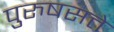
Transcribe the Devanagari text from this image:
पुरुषसत्ते